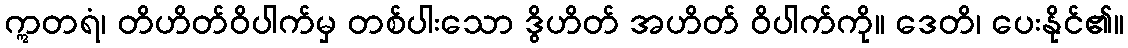
ဣတရံ၊ တိဟိတ်ဝိပါက်မှ တစ်ပါးသော ဒွိဟိတ် အဟိတ် ဝိပါက်ကို။ ဒေတိ၊ ပေးနိုင်၏။